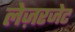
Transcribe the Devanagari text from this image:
लेज़रजेट